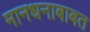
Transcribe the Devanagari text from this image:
मानधनाबाबत